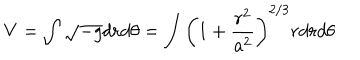
LaTeX: V = \int \sqrt { - g } d r d \theta = \int \left( 1 + \frac { r ^ { 2 } } { a ^ { 2 } } \right) ^ { 2 / 3 } r d r d \theta